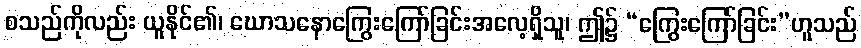
စသည်ကိုလည်း ယူနိုင်၏၊ ဃောသနောကြွေးကြော်ခြင်းအလေ့ရှိသူ၊ ဤ၌ “ကြွေးကြော်ခြင်း”ဟူသည်